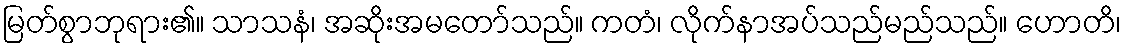
မြတ်စွာဘုရား၏။ သာသနံ၊ အဆိုးအမတော်သည်။ ကတံ၊ လိုက်နာအပ်သည်မည်သည်။ ဟောတိ၊